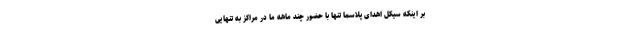
بر اینکه سیکل اهدای پلاسما تنها با حضور چند ماهه ما در مراکز به تنهایی